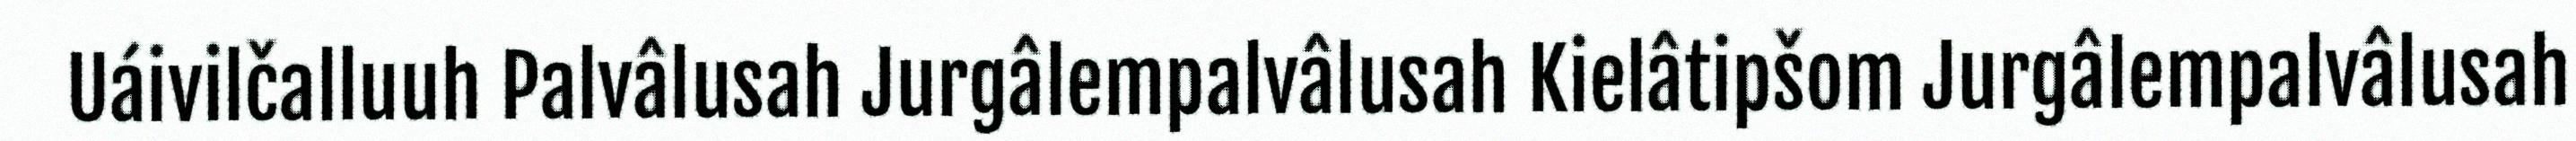
Uáivilčalluuh Palvâlusah Jurgâlempalvâlusah Kielâtipšom Jurgâlempalvâlusah